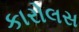
કારોલસ